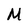
Character: M